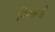
વિમાની